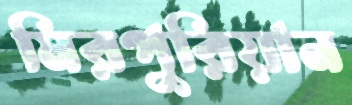
মিরপুরিয়ান